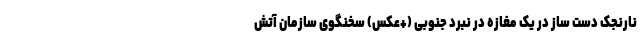
نارنجک دست ساز در یک مغازه در نبرد جنوبی (+عکس) سخنگوی سازمان آتش